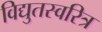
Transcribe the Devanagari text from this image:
विद्युतस्वरित्र